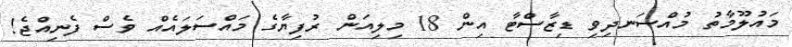
މައުލޫމާތު މުއްސަނދިވި ޑިޒާސްޓާ އިން 18 މިލިއަން ރުފިޔާގެ މައްސަލައެއް ވެސް ފެނިއްޖެ!